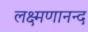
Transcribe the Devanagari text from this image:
लक्ष्मणानन्द